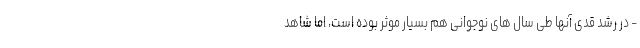
- در رشد قدی آنها طی سال های نوجوانی هم بسیار موثر بوده است، اما شاهد